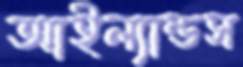
আইল্যান্ডস